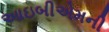
આઇબીએમની